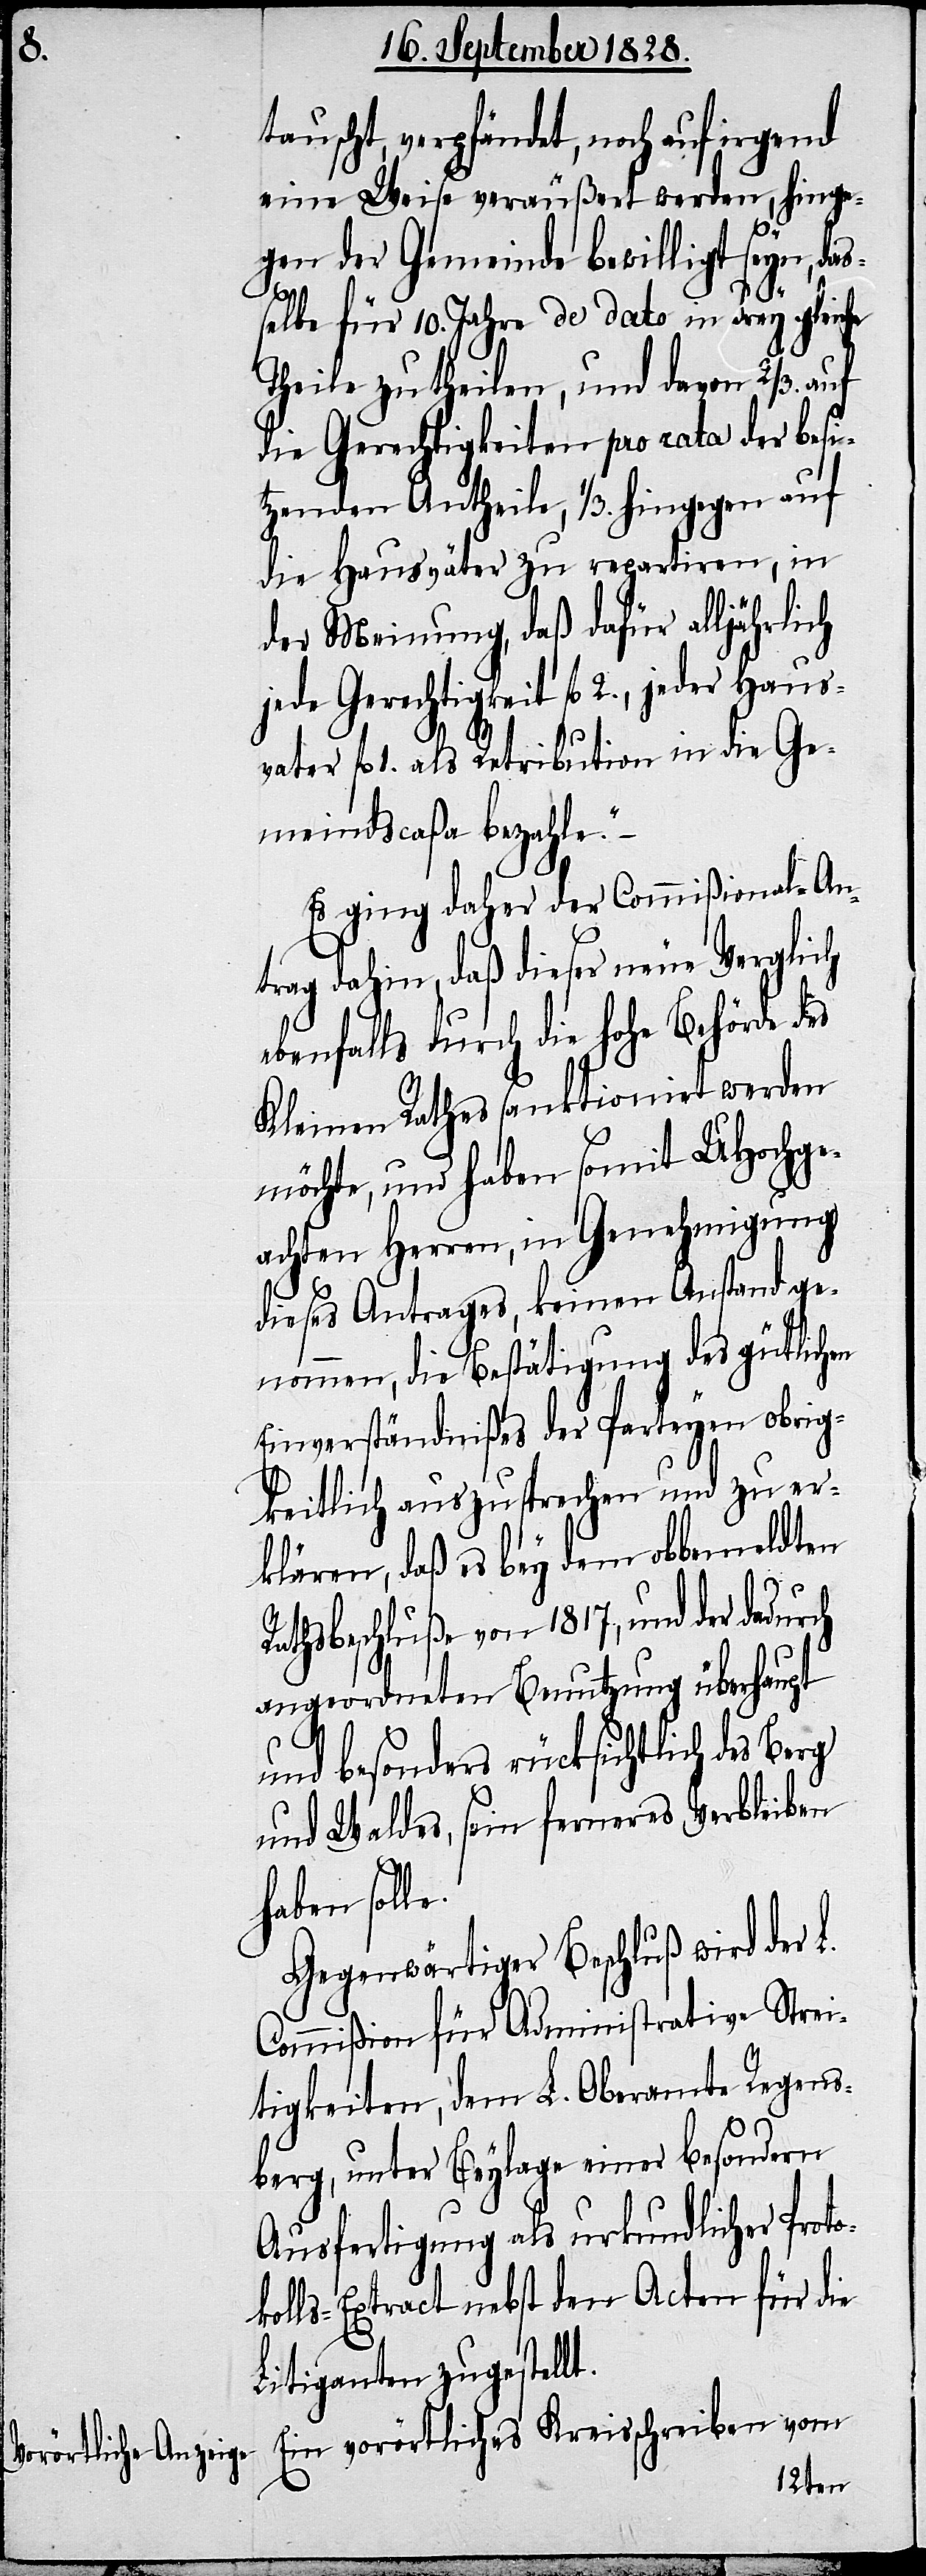
e.

tauscht, verpfändet, noch auf
eine Weise veräußert werden, hinge¬
gen der Gemeinde bewilligt seyn, das¬
selbe für 10. Jahre de dato in drey gleiche
Theile zu theilen, und davon 2/3. auf
die Gerechtigkeiten pro rata der besi¬
tzenden Antheile, 1/3. hingegen auf
die Hausväter zu repartiren, in
der Meinung, daß dafür alljährlich
jede Gerechtigkeit fl. 2., jeder Haus¬
vater fl. 1. als Retribution in die Ge¬
meindscaßa bezahle.“
Es ging daher der Commißional-An¬
trag dahin, daß dieser neue Verglich
ebenfalls durch die hohe Behörde des
Kleinen Rathes sanktionirt werden
möchte, und haben somit UHochge¬
achten Herren, in Genehmigung
dieses Antrages, keinen Anstand ge¬
nommen, die Bestätigung des gütlichen
Einverständnißes der Parteyen obrig¬
keitlich auszusprechen und zu er¬
klären, daß es bey dem obbemeldten
Rathsbeschluße von 1817., und der dadurch
angeordneten Benutzung überhaupt
und besonders rücksichtlich des Berg
und Waldes, sein ferneres Verbleiben
haben soll¬
Gegenwärtiger Beschluß wird der L.
Commißion für Administrative Strei¬
tigkeiten, dem L. Oberamte Regens¬
berg, unter Beylage einer besondern
Ausfertigung als urkundlicher Proto¬
kolls-Extract nebst den Acten für die
Litiganten zugestellt.
Ein vorörtliches Kreisschreiben vom